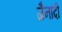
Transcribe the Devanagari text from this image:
जैनादी